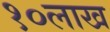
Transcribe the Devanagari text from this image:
१०लाख